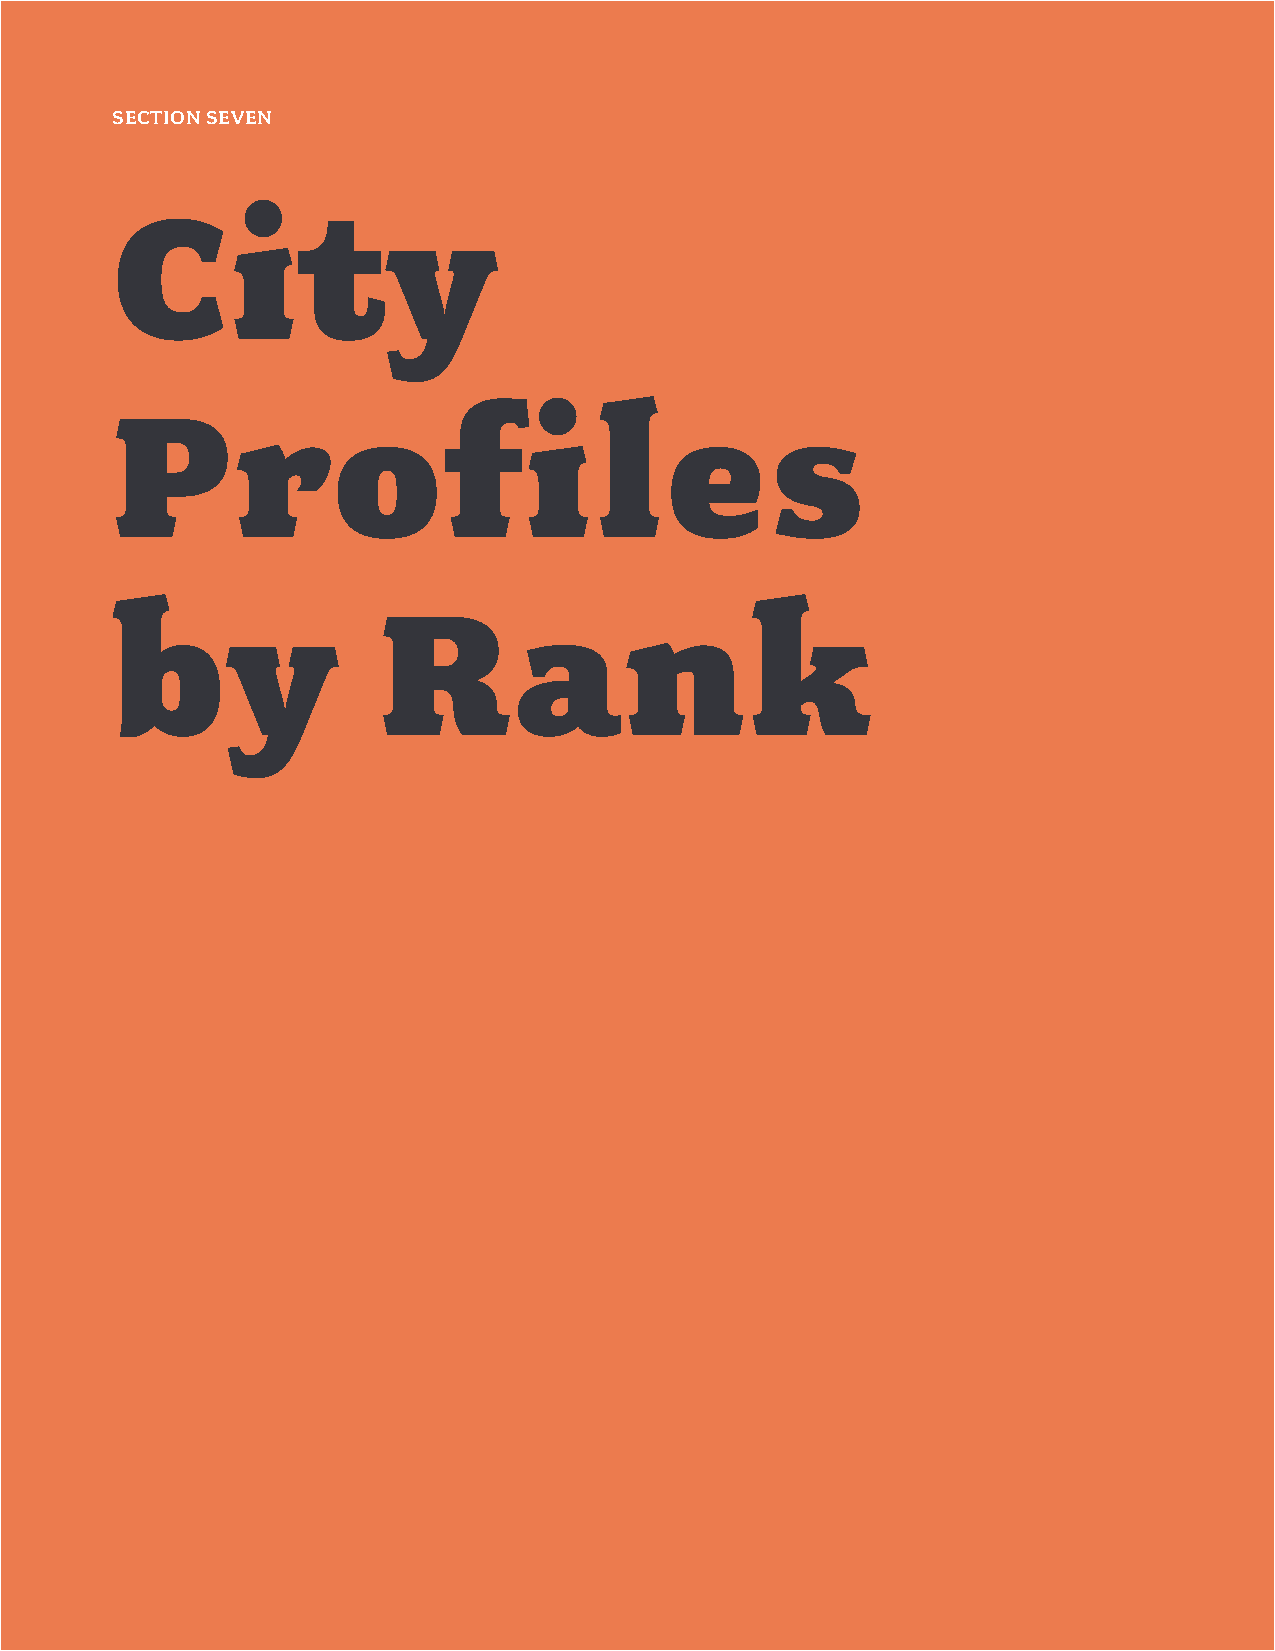
34
 SECTION SEVEN
 City
 Prof                        iles
 by                R        ank